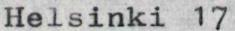
Helsinki 17